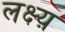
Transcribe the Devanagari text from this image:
लक्ष्य़